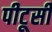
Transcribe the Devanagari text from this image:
पीटूसी